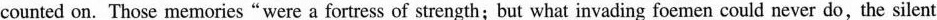
counted on. Those memories"were a fortress of strength; but what invading foemen could never do, the silent